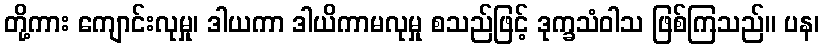
တို့ကား ကျောင်းလုမှု၊ ဒါယကာ ဒါယိကာမလုမှု စသည်ဖြင့် ဒုက္ခသံဝါသ ဖြစ်ကြသည်။ ပန၊